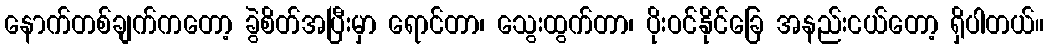
နောက်တစ်ချက်ကတော့ ခွဲစိတ်အပြီးမှာ ရောင်တာ၊ သွေးထွက်တာ၊ ပိုးဝင်နိုင်ခြေ အနည်းငယ်တော့ ရှိပါတယ်။